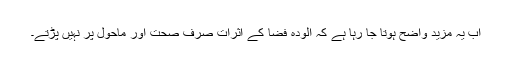
اب یہ مزید واضح ہوتا جا رہا ہے کہ آلودہ فضا کے اثرات صرف صحت اور ماحول پر نہیں پڑتے۔